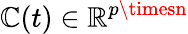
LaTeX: {\sf\mathbb{C}}(t)\in\mathbb{{R}}^{p\timesn}